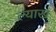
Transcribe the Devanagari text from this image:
ल्याख